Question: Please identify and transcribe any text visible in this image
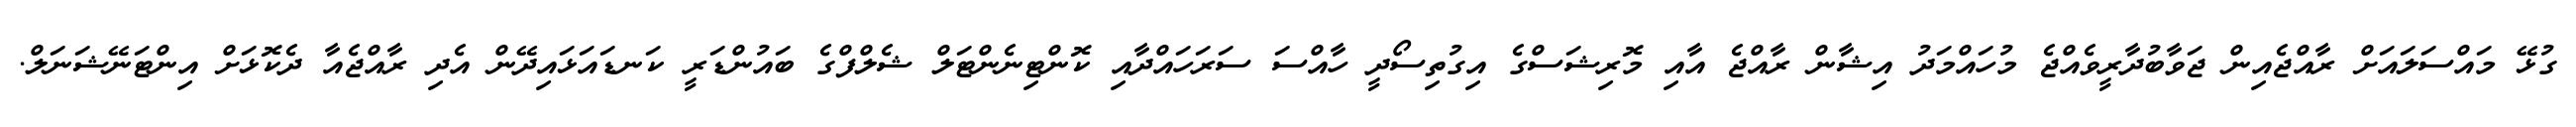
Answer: ގުޅޭ މައްސަލައަށް ރާއްޖެއިން ޖަވާބުދާރީވެއްޖެ މުހައްމަދު އިޝާން ރާއްޖެ އާއި މޮރިޝަސްގެ އިގުތިސޯދީ ހާއްސަ ސަރަހައްދާއި ކޮންޓިނެންޓަލް ޝެލްފްގެ ބައުންޑަރީ ކަނޑައަޅައިދޭން އެދި ރާއްޖެއާ ދެކޮޅަށް އިންޓަނޭޝަނަލް.